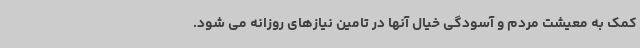
کمک به معیشت مردم و آسودگی خیال آنها در تامین نیازهای روزانه می شود.